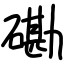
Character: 磡